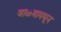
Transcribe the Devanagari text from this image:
जाळ्यामधून